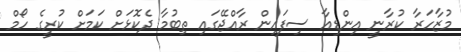
މުޒާހަރާ ކުރާނީ އިންޑިއާ ސިފައިން ރާއްޖޭގައި ތިބުމާ ދެކޮޅަށް ކަމަށް ކުރީގެ ހޯމް